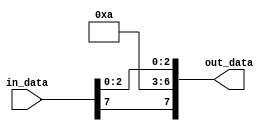
module bitSelectExample (
    input [7:0] in_data,
    output [7:0] out_data
);

reg [7:0] temp;

always @*
begin
    temp = in_data;
    temp[3] = 1'b0;     // assign 0 to bit 3
    temp[6:4] = 3'b101; // assign 3'b101 to bits 6 to 4
    out_data = temp;
end

endmodule